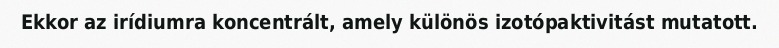
Ekkor az irídiumra koncentrált, amely különös izotópaktivitást mutatott.